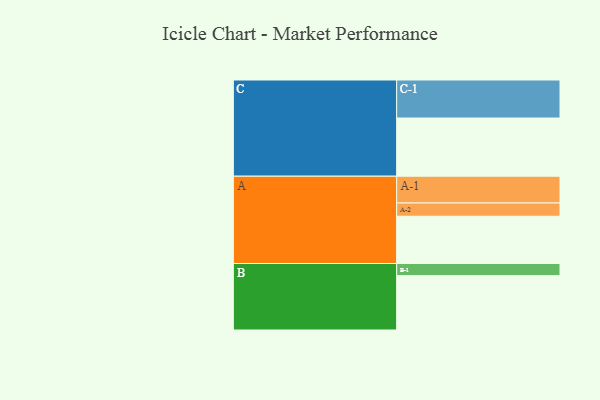
{"axis": {"x": "Segment", "y": "Value"}, "legend": ["", "A", "B", "C"], "data": [{"x": "A", "y": 307, "type": ""}, {"x": "B", "y": 353, "type": ""}, {"x": "C", "y": 378, "type": ""}, {"x": "A-1", "y": 174, "type": "A"}, {"x": "A-2", "y": 86, "type": "A"}, {"x": "B-1", "y": 79, "type": "B"}, {"x": "C-1", "y": 247, "type": "C"}]}